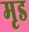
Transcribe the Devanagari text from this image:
मृड